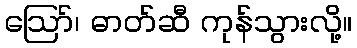
ဪ၊ ဓာတ်ဆီ ကုန်သွားလို့။